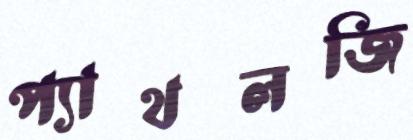
প্যাথলজি